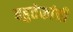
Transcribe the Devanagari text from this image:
बहुतेकांची